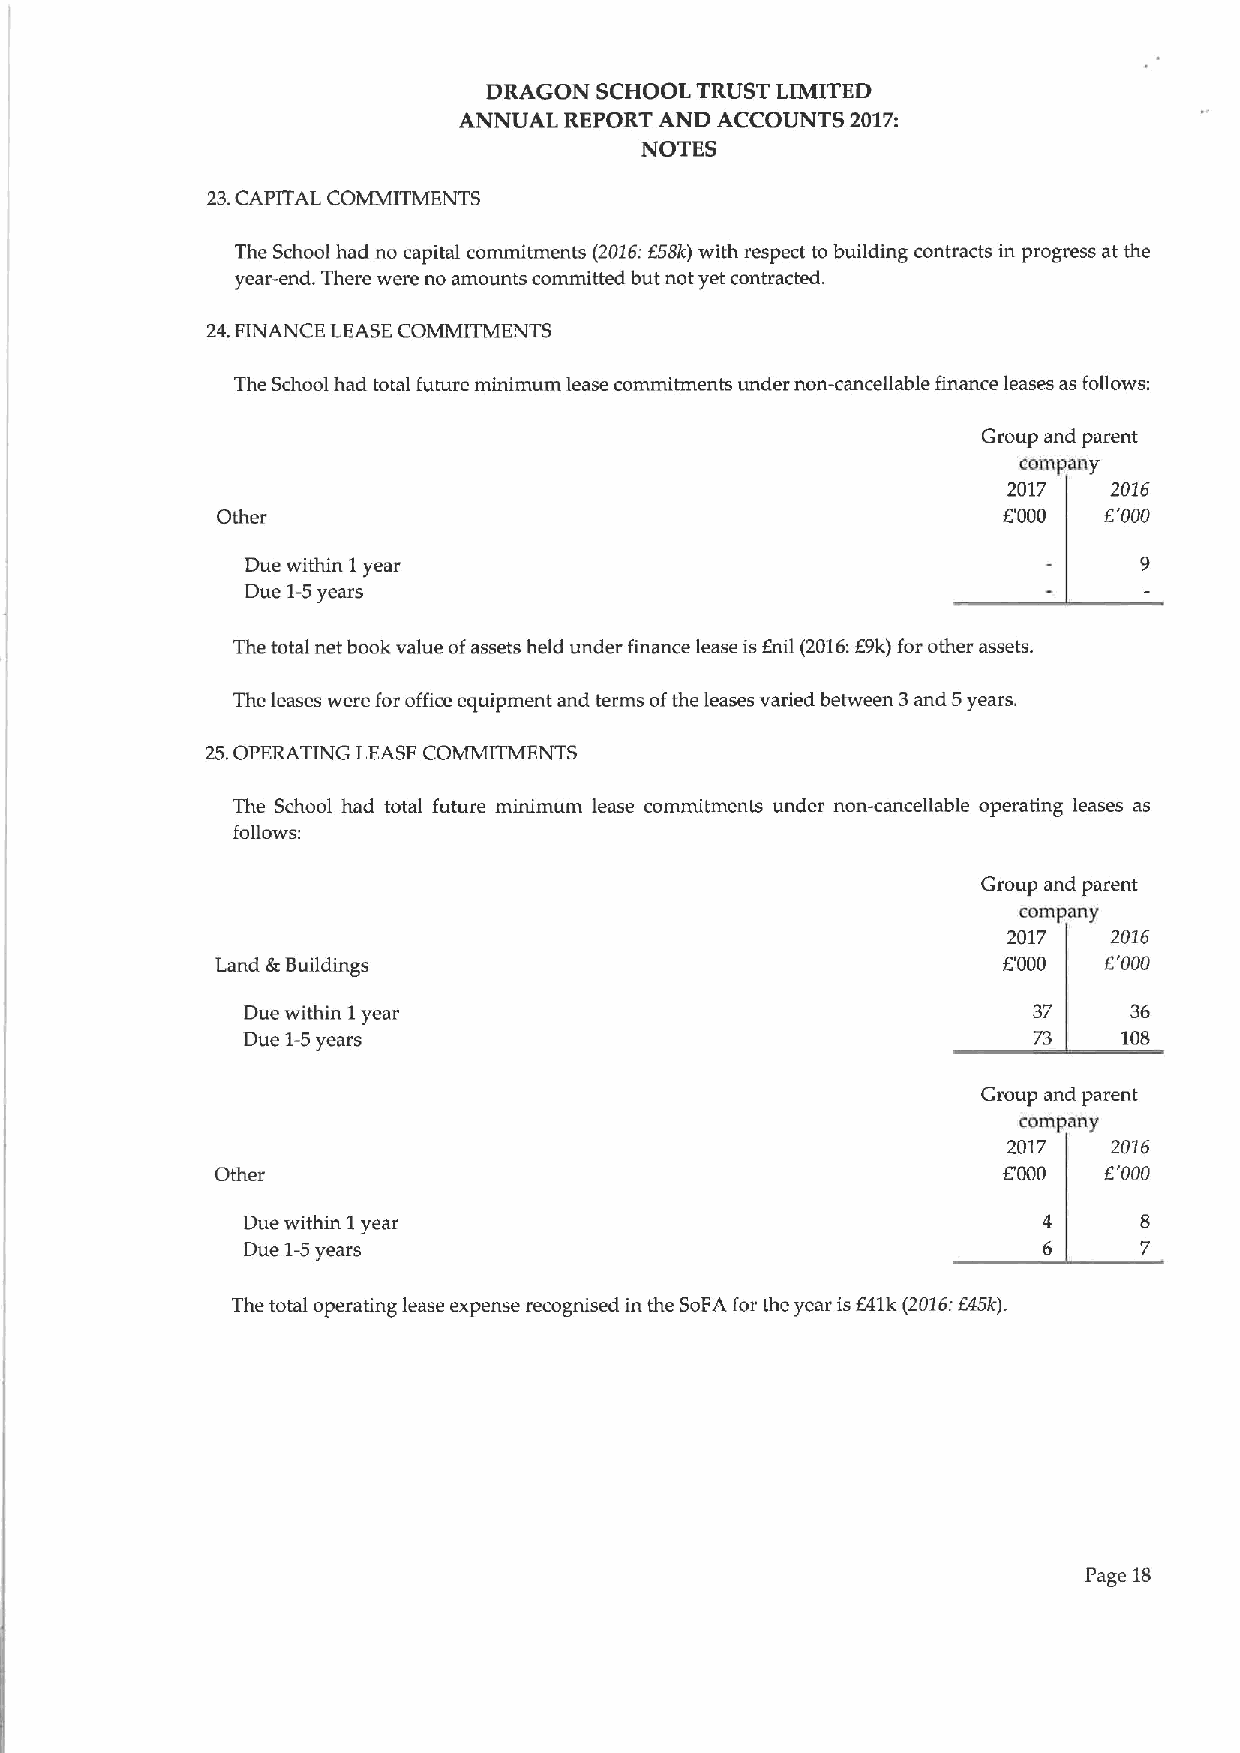
DRAGON SCHOOL TRUST LIMITED
 ANNUAL REPORT AND ACCOUNTS 2017:
 NOTES
 23.CAPITAL COMMITMENTS
 The School had no capital commitments (2016:658k) with respect to building contracts in progress at the
 year-end. There were no amounts committed but not yet contracted.
 24.FINANCE LEASECOMMITMENTS
 The School had total future minimum lease commitments under non-cancellable finance leases as fogows:
 Group and parent
 company
 2017  2016
 Other                                               6'000  E'000
 Due within 1year
 Due 1-5years
 The total net book value ofassets held under finance lease isEnil (2016:69k)for other assets.
 The leases were for office equipment and terms ofthe leases varied between 3and 5years.
 25.OPERATING LEASE COMMITMENTS
 The School had total future minimum lease commitments under non-cancellable operating leases as
 follows:
 Group and parent
 company
 2017   2016
 Land &Buildings                                     6'000  6'000
 Due within 1year                                    37     36
 Due 1-5years                                        73    108
 Group and parent
 company
 2017  2016
 Other                                               6'000  6'000
 Due within 1year
 Due 1-5years
 The total operating lease expense recognised in the SoFA for the year is641k(2016:645k).
 Page 18